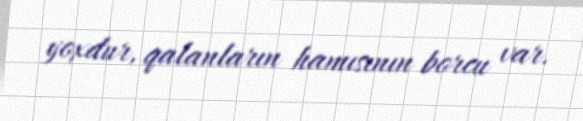
yoxdur, qalanların hamısının borcu var.